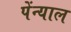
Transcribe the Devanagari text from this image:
पेंन्याल